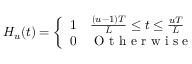
\begin{array} { r } { H _ { u } ( t ) = \left\{ \begin{array} { l l } { 1 } & { \frac { ( u - 1 ) T } { L } \leq t \leq \frac { u T } { L } } \\ { 0 } & { \mathrm { ~ O ~ t ~ h ~ e ~ r ~ w ~ i ~ s ~ e ~ } } \end{array} \right. } \end{array}